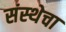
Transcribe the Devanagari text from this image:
संस्‍थेचा